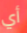
أي